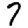
Digit: 7